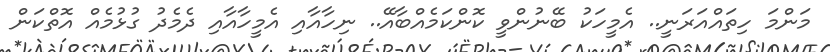
މަންމަ ހިތައްއަރަނީ.. އެމީހަކު ބޭނުންވީ ކޮންކަމެއްބާއޭ.. ނިހާއާއި އެމީހާއާއި ދެމެދު ގުޅުމެއް އޮތްކަން